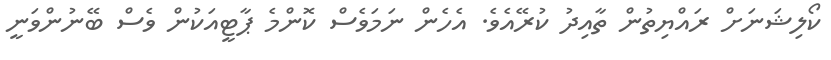
ކޯލިޝަނަށް ރައްޔިތުން ތާއިދު ކުރޭއެވެ. އެހެން ނަމަވެސް ކޮންމެ ޕާޓީއަކުން ވެސް ބޭނުންވަނީ